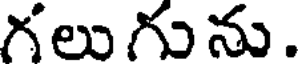
గలుగును.